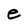
Character: e